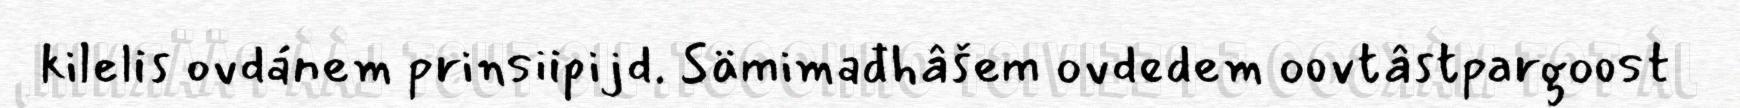
kilelis ovdánem prinsiipijd. Sämimađhâšem ovdedem oovtâstpargoost